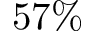
5 7 \%